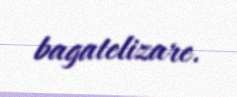
bagatelizare.